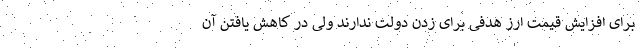
برای افزایش قیمت ارز هدفی برای زدن دولت ندارند ولی در کاهش یافتن آن